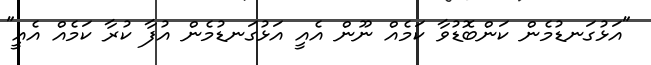
"އަޅުގަނޑުމެން ކަންބޮޑުވާ ކަމެއް ނޫން އެއީ އަޅުގަނޑުމެން އުފާ ކުރާ ކަމެއް އެއީ"